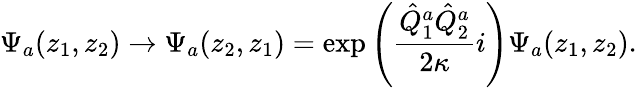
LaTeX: \Psi_{a}(z_{1},z_{2})\rightarrow\Psi_{a}(z_{2},z_{1})=\exp\left(\frac{\hat{Q}_{1}^{a}\hat{Q}_{2}^{a}}{2\kappa}i\right)\Psi_{a}(z_{1},z_{2}).